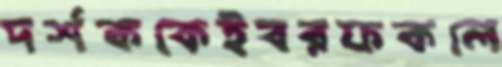
দর্শককেইবরফকলে